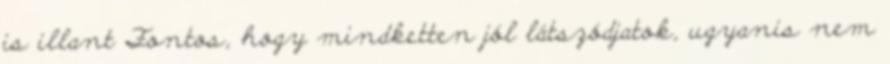
is illant Fontos, hogy mindketten jól látszódjatok, ugyanis nem